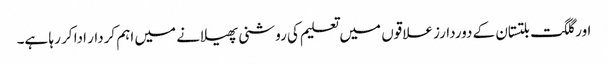
اور گلگت بلتستان کے دوردارز علاقوں میں تعلیم کی روشنی پھیلانے میں اہم کردار ادا کر رہا ہے۔